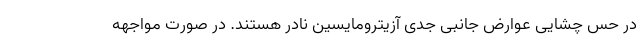
در حس چشایی عوارض جانبی جدی آزیترومایسین نادر هستند. در صورت مواجهه